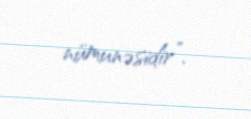
nümunəsidir”.